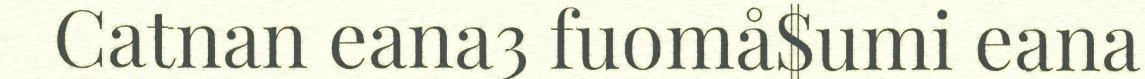
Catnan eana3 fuomå$umi eana